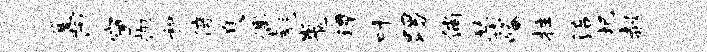
篝丙窗抛和倍息偶彪嵬潭叶踢倘荣崦拄涪圯赧